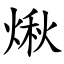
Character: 煍